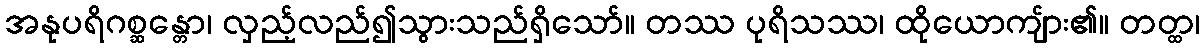
အနုပရိဂစ္ဆန္တော၊ လှည့်လည်၍သွားသည်ရှိသော်။ တဿ ပုရိသဿ၊ ထိုယောကျ်ား၏။ တတ္ထ၊